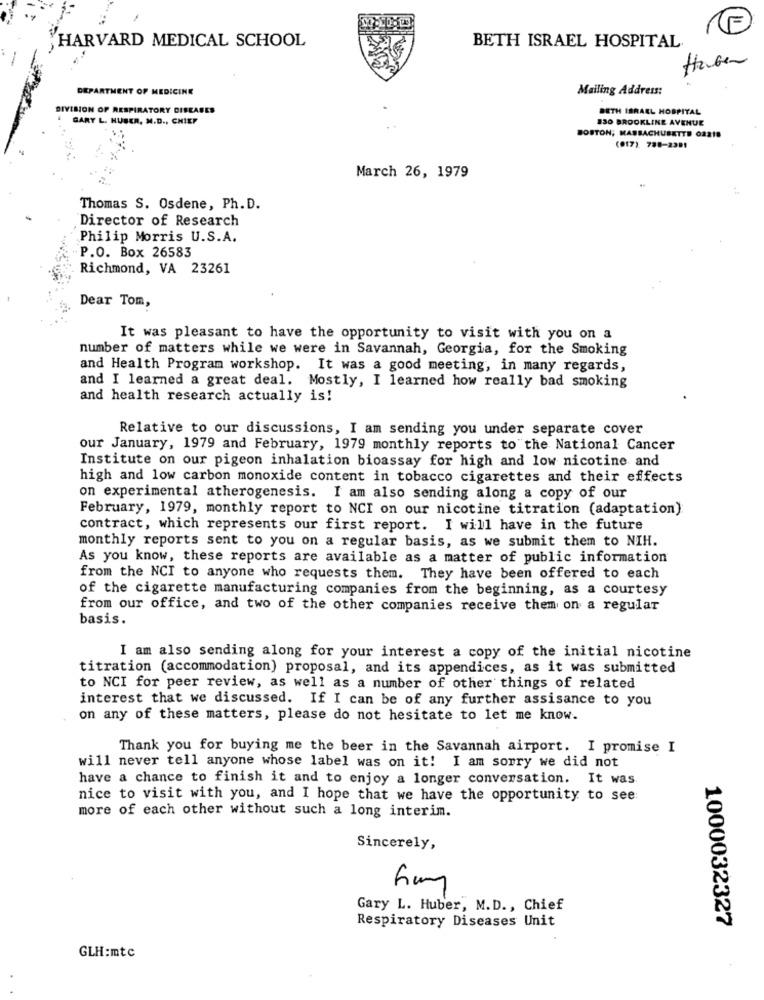
BETH ISRAEL HOSPITAL
HARVARD MEDICAL SCHOOL
Haben
DEPARTMENT OF MEDICINE
Mailing Address:
DIVISION OF RESPIRATORY DISEASES
BETH ISRAEL HOSPITAL
GARY L. HUBER, M.D ., CHIEF
130 BROOKLINE AVENUE
BOSTON, MASSACHUSETTS 02218
(917). 788-2391
March 26, 1979
Thomas S. Osdene, Ph. D.
Director of Research
Philip Morris U.S.A.
P.O. Box 26583
Richmond, VA 23261
Dear Tom,
It was pleasant to have the opportunity to visit with you on a
number of matters while we were in Savannah, Georgia, for the Smoking
and Health Program workshop. It was a good meeting, in many regards,
and I learned a great deal. Mostly, I learned how really bad smoking
and health research actually is!
Relative to our discussions, I am sending you under separate cover
our January, 1979 and February, 1979 monthly reports to the National Cancer
Institute on our pigeon inhalation bioassay for high and low nicotine and
high and low carbon monoxide content in tobacco cigarettes and their effects
on experimental atherogenesis. I am also sending along a copy of our
February, 1979, monthly report to NCI on our nicotine titration (adaptation)
contract, which represents our first report. I will have in the future
monthly reports sent to you on a regular basis, as we submit them to NIH.
As you know, these reports are available as a matter of public information
from the NCI to anyone who requests them. They have been offered to each
of the cigarette manufacturing companies from the beginning, as a courtesy
from our office, and two of the other companies receive them on a regular
basis.
I am also sending along for your interest a copy of the initial nicotine
titration (accommodation) proposal, and its appendices, as it was submitted
to NCI for peer review, as well as a number of other things of related
interest that we discussed. If I can be of any further assisance to you
on any of these matters, please do not hesitate to let me know.
Thank you for buying me the beer in the Savannah airport. I promise I
will never tell anyone whose label was on it! I am sorry we did not
have a chance to finish it and to enjoy a longer conversation. It was
nice to visit with you, and I hope that we have the opportunity to see
more of each other without such a long interim.
Sincerely,
Gary L. Huber, M.D ., Chief
Respiratory Diseases Unit
1000032327
GLH:mtc